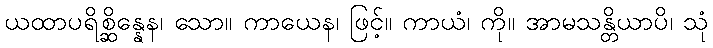
ယထာပရိစ္ဆိန္နေန၊ သော။ ကာယေန၊ ဖြင့်။ ကာယံ၊ ကို။ အာမသန္တိယာပိ၊ သုံ